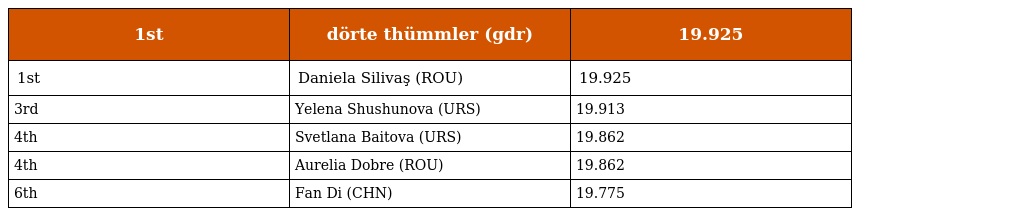
| 1st | dörte thümmler (gdr) | 19.925 |
 | --- | --- | --- |
 | 1st | Daniela Silivaş (ROU) | 19.925 |
 | 3rd | Yelena Shushunova (URS) | 19.913 |
 | 4th | Svetlana Baitova (URS) | 19.862 |
 | 4th | Aurelia Dobre (ROU) | 19.862 |
 | 6th | Fan Di (CHN) | 19.775 |